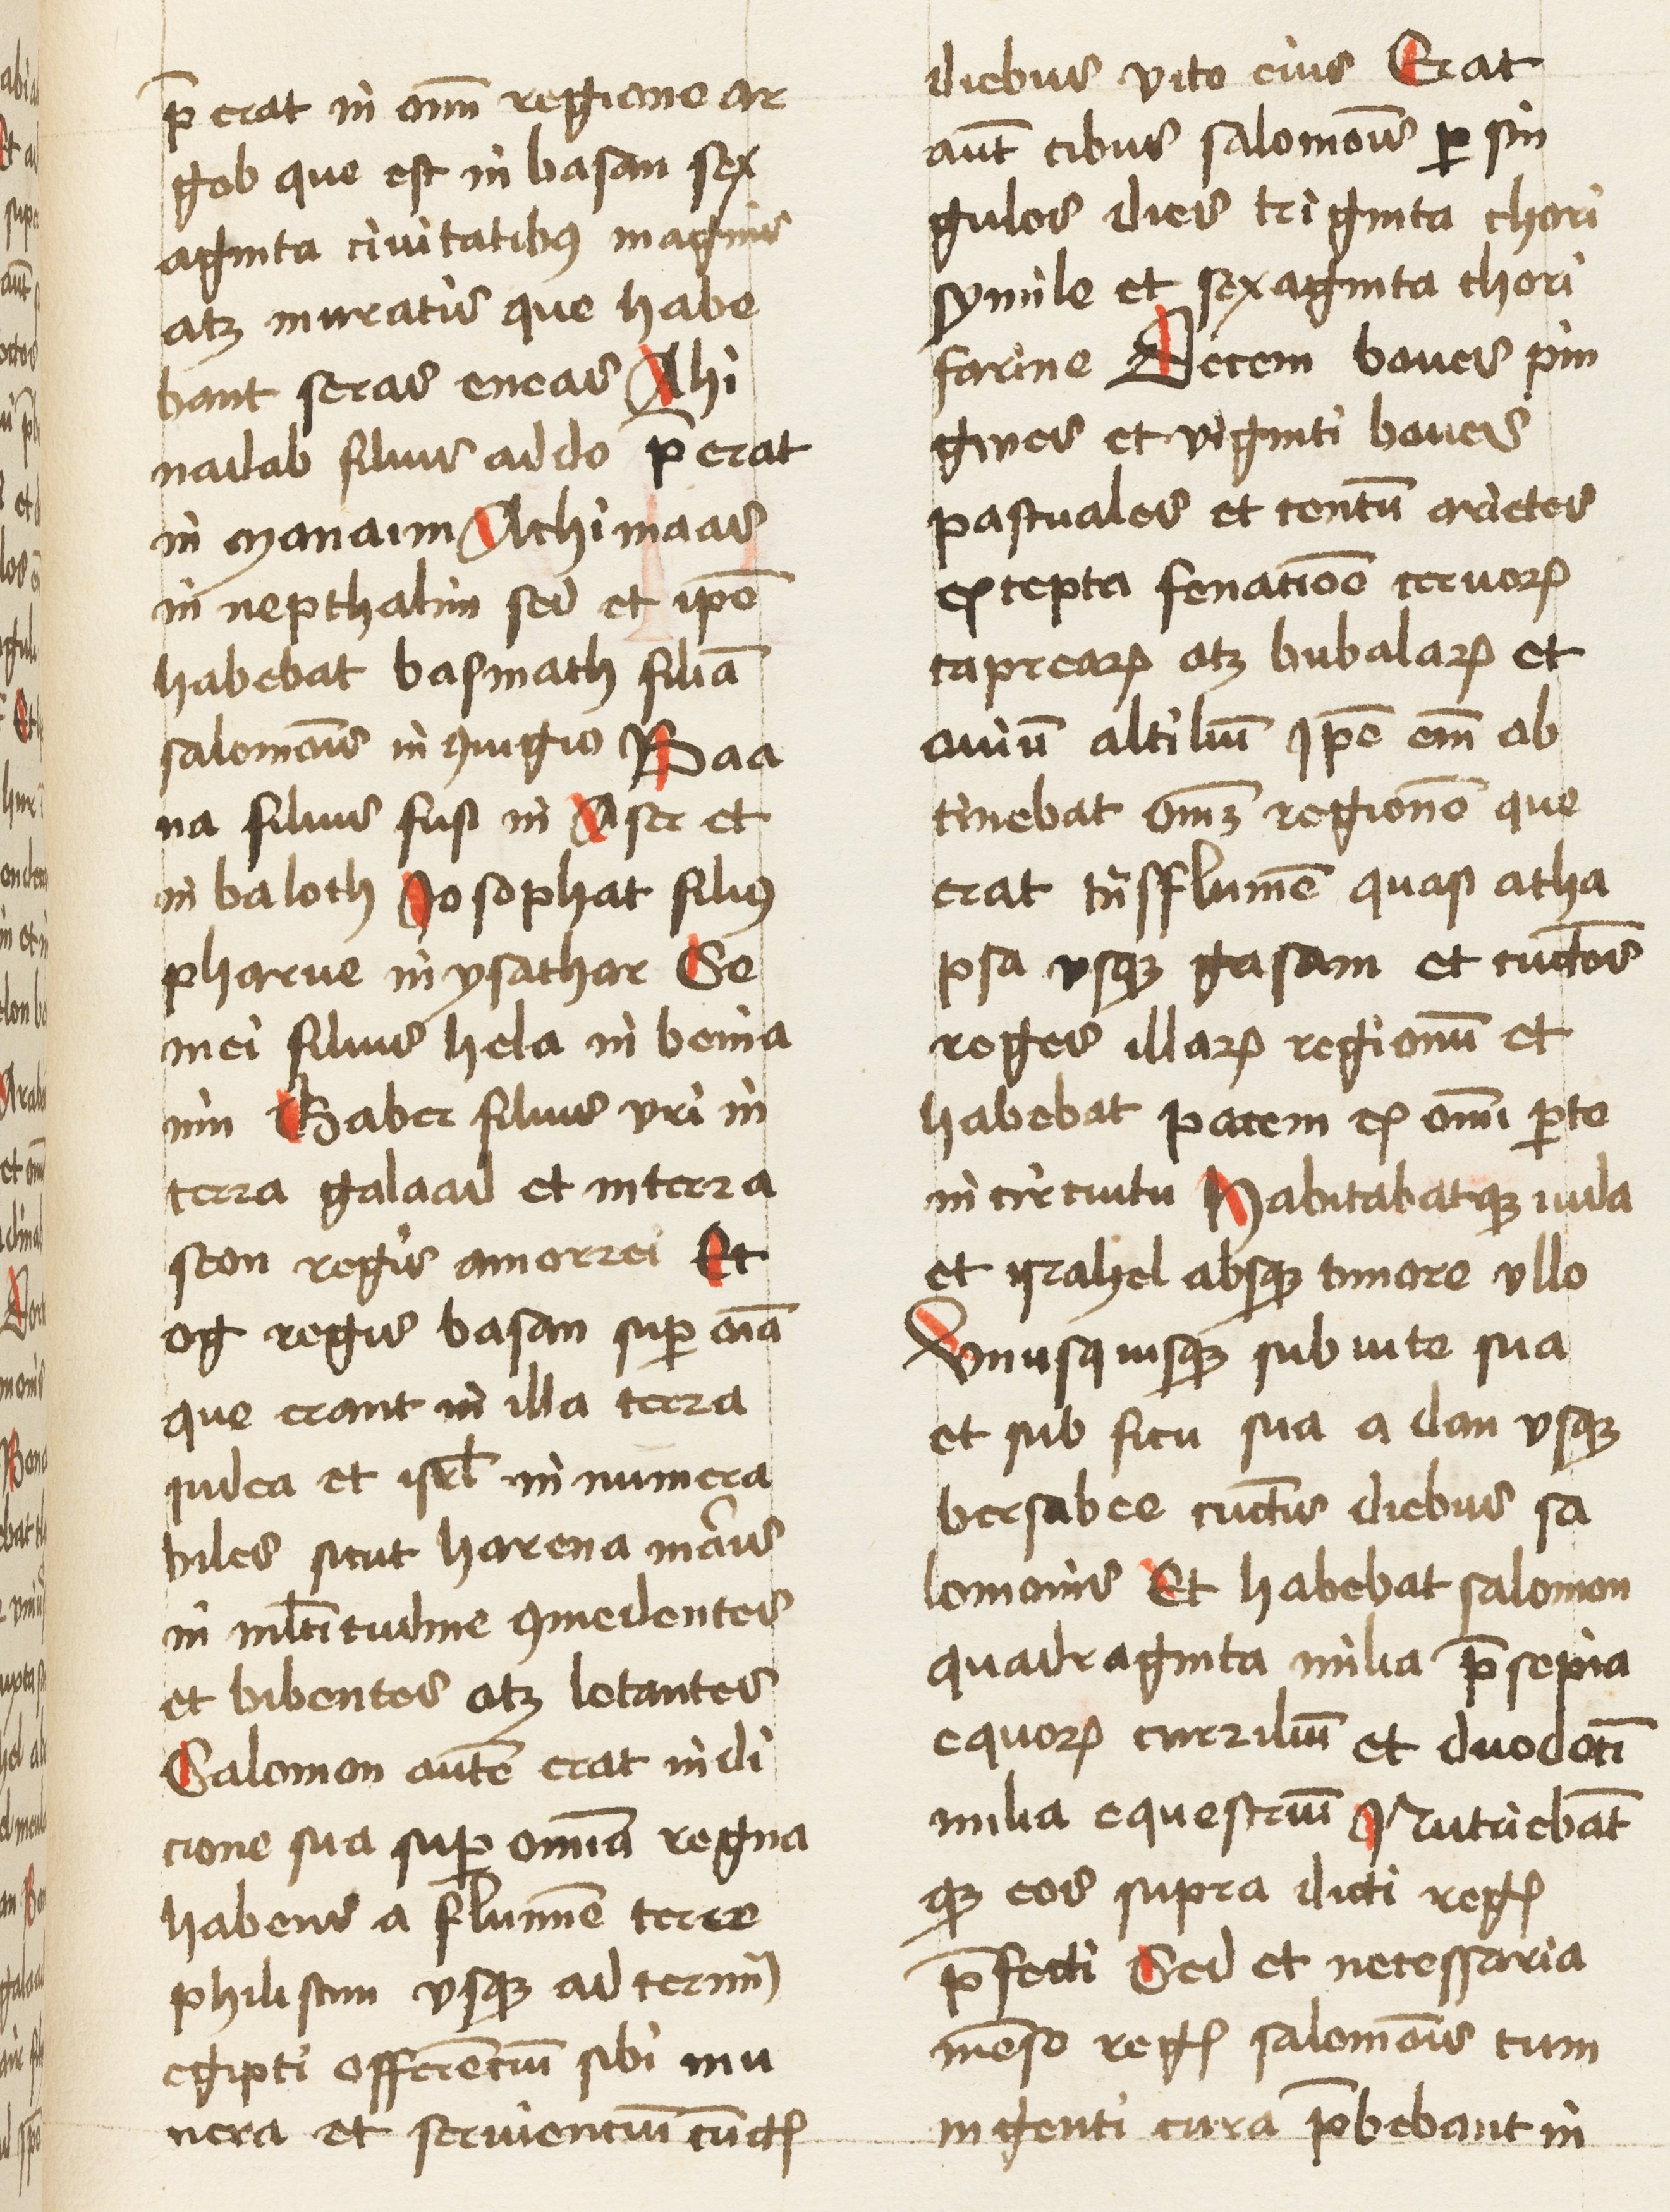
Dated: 1460–1462